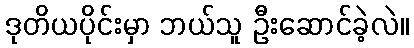
ဒုတိယပိုင်းမှာ ဘယ်သူ ဦးဆောင်ခဲ့လဲ။